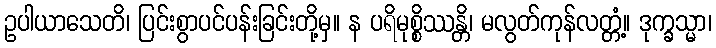
ဥပါယာသေတိ၊ ပြင်းစွာပင်ပန်းခြင်းတို့မှ။ န ပရိမုစ္စိဿန္တိ၊ မလွတ်ကုန်လတ္တံ့။ ဒုက္ခသ္မာ၊